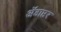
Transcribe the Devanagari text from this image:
ॲडाप्टर